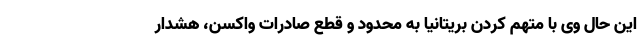
این حال وی با متهم کردن بریتانیا به محدود و قطع صادرات واکسن، هشدار